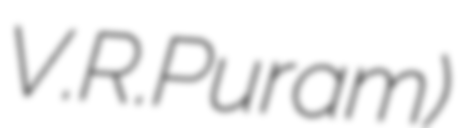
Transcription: V.R.Puram)